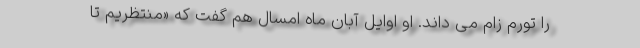
را تورم زام می داند. او اوایل آبان ماه امسال هم گفت که «منتظریم تا